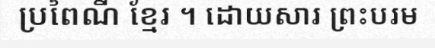
ប្រពៃណី ខ្មែរ ។ ដោយសារ ព្រះបរម